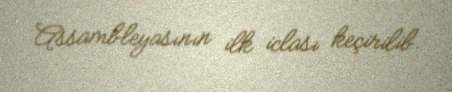
Assambleyasının ilk iclası keçirilib.